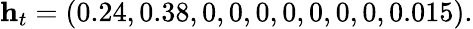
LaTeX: \mathbf{h}_{t}=(0.24,0.38,0,0,0,0,0,0,0,0.015).